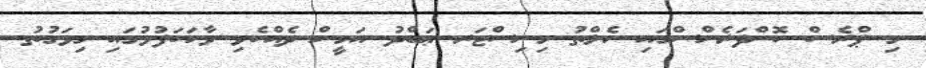
މި ޕްރެސް ކޮންފަރެންސްގައި ހެލްތު މިނިސްޓަރ ޢަބްދު އަމީން ދެއްކެވި ވާހަކަފުޅުގައި މިވަގުތު